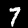
Label: 7